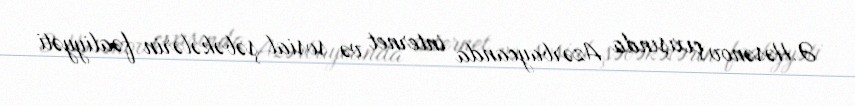
Ə.Həsənov çıxışında Azərbaycanda internet və sosial şəbəkələrin fəaliyyəti